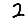
Digit: 2